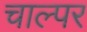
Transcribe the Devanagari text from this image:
चाल्पर